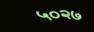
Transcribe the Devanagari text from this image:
५०२७